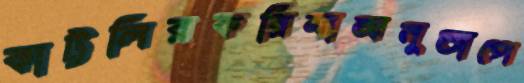
কাট্টলিরকরিমাঅনুতাপে